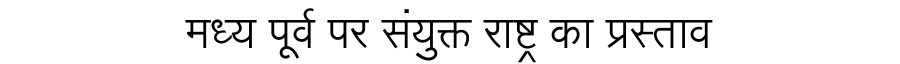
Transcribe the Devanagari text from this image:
मध्य पूर्व पर संयुक्त राष्ट्र का प्रस्ताव